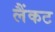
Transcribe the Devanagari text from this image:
लैंकट